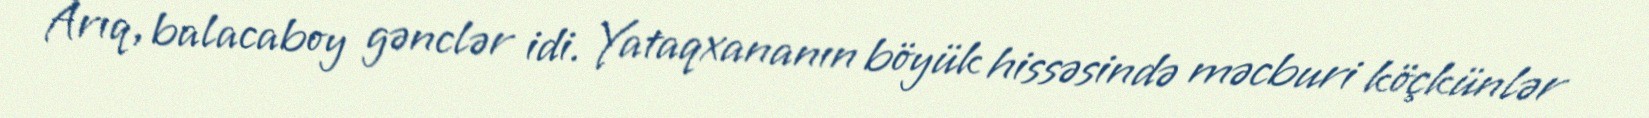
Arıq, balacaboy gənclər idi. Yataqxananın böyük hissəsində məcburi köçkünlər